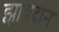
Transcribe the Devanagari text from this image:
झायदान